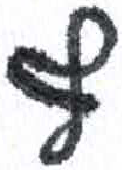
אות: ף